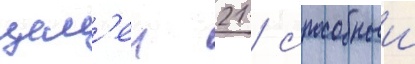
цел'еи 21 / способныи